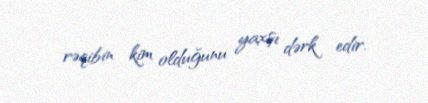
rəqibin kim olduğunu yaxşı dərk edir.